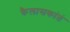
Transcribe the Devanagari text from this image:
कैलासकांतं